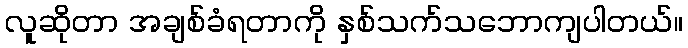
လူဆိုတာ အချစ်ခံရတာကို နှစ်သက်သဘောကျပါတယ်။